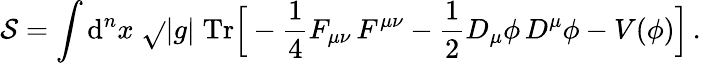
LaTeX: \mathcal{S}=\int\mathrm{{d}}^{n}x\; \sqrt{}{{|g|}}\; \mathrm{{Tr}}\Big[-\frac{{1}}{{4}}F_{\mu\nu}\, F^{\mu\nu}-\frac{{1}}{{2}}{D}_{\mu}\phi\, {D}^{\mu}\phi-V(\phi)\Big]\, .